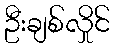
ဦးချစ်လှိုင်